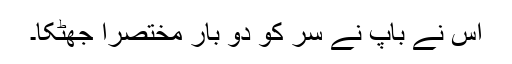
اس نے باپ نے سر کو دو بار مختصراً جھٹکا۔